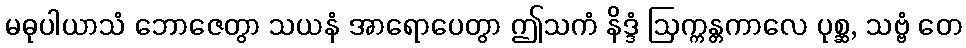
မဓုပါယာသံ ဘောဇေတွာ သယနံ အာရောပေတွာ ဤသကံ နိဒ္ဒံ ဩက္ကန္တကာလေ ပုစ္ဆ, သဗ္ဗံ တေ